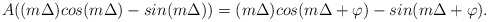
\begin{align*}A ((m \Delta) cos(m \Delta)- sin(m \Delta))=(m \Delta) cos(m \Delta+ \varphi)-sin(m \Delta+ \varphi).\end{align*}